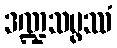
ဒဏ္ဍသမ္ဖဿံ